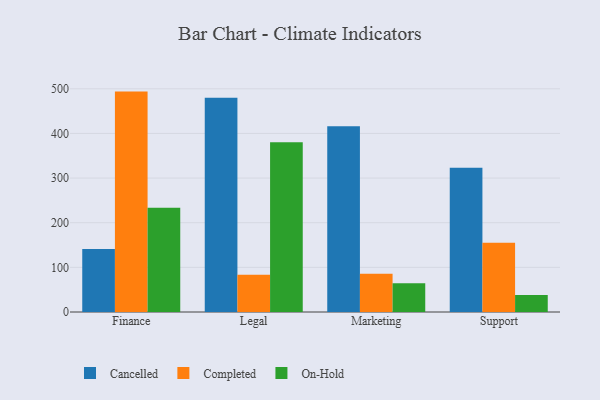
{"axis": {"x": "Department", "y": "Production Output"}, "legend": ["Cancelled", "Completed", "On-Hold"], "data": [{"x": "Finance", "y": 141.3, "type": "Cancelled"}, {"x": "Finance", "y": 493.7, "type": "Completed"}, {"x": "Finance", "y": 233.8, "type": "On-Hold"}, {"x": "Legal", "y": 479.9, "type": "Cancelled"}, {"x": "Legal", "y": 83.5, "type": "Completed"}, {"x": "Legal", "y": 380.5, "type": "On-Hold"}, {"x": "Marketing", "y": 416.2, "type": "Cancelled"}, {"x": "Marketing", "y": 85.6, "type": "Completed"}, {"x": "Marketing", "y": 64.3, "type": "On-Hold"}, {"x": "Support", "y": 323.1, "type": "Cancelled"}, {"x": "Support", "y": 155.0, "type": "Completed"}, {"x": "Support", "y": 38.0, "type": "On-Hold"}]}